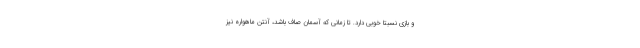
و بازی نسبتا خوبی دارد. تا زمانی که آسمان صاف باشد، آنتن ماهواره نیز